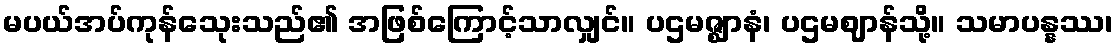
မပယ်အပ်ကုန်သေုးသည်၏ အဖြစ်ကြောင့်သာလျှင်။ ပဌမဇ္ဈာနံ၊ ပဌမဈာန်သို့။ သမာပန္နဿ၊